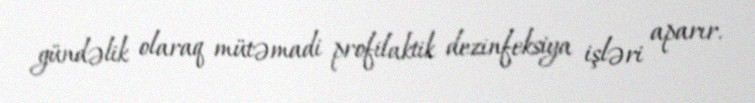
gündəlik olaraq mütəmadi profilaktik dezinfeksiya işləri aparır.